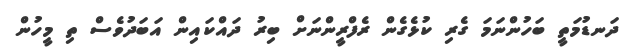
ދަނޑުމަތީ ބަހުންނަމަ ގެރި ކުޅެގެން ރެފްރީންނަށް ބިރު ދައްކައިން އަބަދުވެސް ތި މީހުން